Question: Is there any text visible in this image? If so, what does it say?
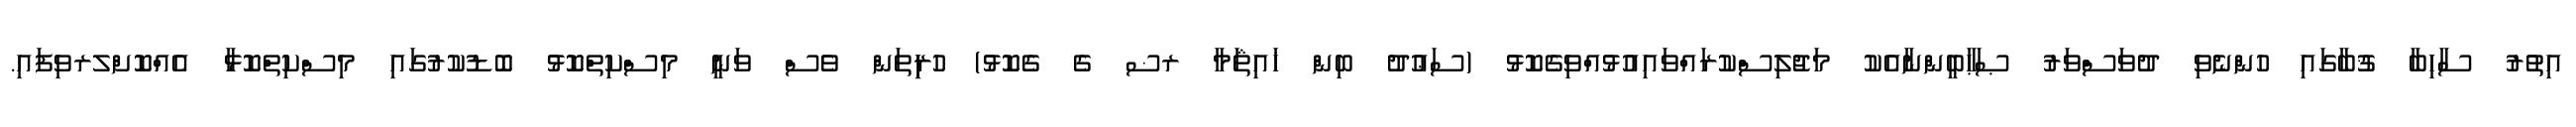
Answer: އިތުރު ސާހިބާ ޤުބާގައި ހުންނެވި ދުވަސްވަރު ޞަޙާބީންނާއެކު މަޖުލިސްކުރައްވައިއުޅުއްވިގެކޮޅު (ސަޢުދު ބިން ޚައިޘަމާ ރޟ ގެ ގެކޮޅު) ހުރިިތަން ވެސް ވަނީ މިސްކިތްކޮޅު ބޮޑުކުރުގައި މިސްކިތްކޮޅާ އެއްކޮށްލރވިފައި.